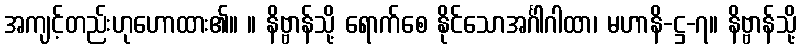
အကျင့်တည်းဟုဟောထား၏။ ။ နိဗ္ဗာန်သို့ ရောက်စေ နိုင်သောအင်္ဂါဂါထာ၊ မဟာနိ-ဋ္ဌ-၇။ နိဗ္ဗာန်သို့